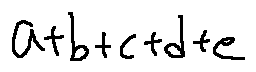
a + b + c + d + e